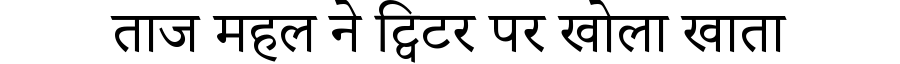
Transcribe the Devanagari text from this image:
ताज महल ने ट्विटर पर खोला खाता